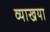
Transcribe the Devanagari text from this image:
व्याखया